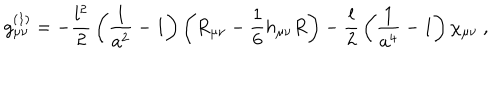
g _ { \mu \nu } ^ { ( 1 ) } = - { \frac { l ^ { 2 } } { 2 } } \left( { \frac { 1 } { a ^ { 2 } } } - 1 \right) \left( R _ { \mu \nu } - { \frac { 1 } { 6 } } h _ { \mu \nu } R \right) - { \frac { l } { 2 } } \left( { \frac { 1 } { a ^ { 4 } } } - 1 \right) \chi _ { \mu \nu } \ ,